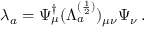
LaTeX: \lambda _ { a } = \Psi _ { \mu } ^ { \dagger } ( \Lambda _ { a } ^ { ( \frac { 1 } { 2 } ) } ) _ { \mu \nu } \Psi _ { \nu } \, .